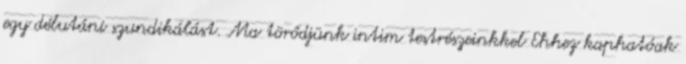
egy délutáni szundikálást. Ma törődjünk intim testrészeinkkel Ehhez kaphatóak